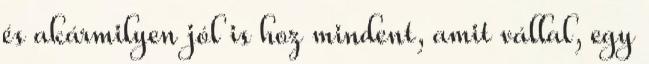
és akármilyen jól is hoz mindent, amit vállal, egy